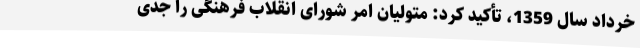
خرداد سال 1359، تأکید کرد: متولیان امر شورای انقلاب فرهنگی را جدی